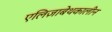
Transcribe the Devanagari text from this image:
एलिज़ाबेथकालीन